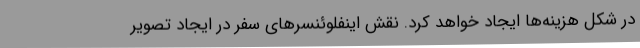
در شکل هزینه‌ها ایجاد خواهد کرد. نقش اینفلوئنسرهای سفر در ایجاد تصویر